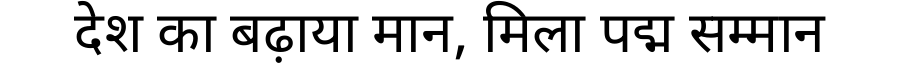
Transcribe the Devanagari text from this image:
देश का बढ़ाया मान, मिला पद्म सम्मान